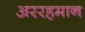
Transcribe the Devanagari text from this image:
अररहमान